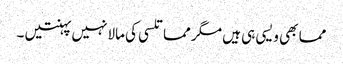
مما بھی ویسی ہی ہیں مگر مما تلسی کی مالا نہیں پہنتیں ۔